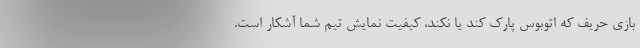
بازی حریف که اتوبوس پارک کند یا نکند، کیفیت نمایش تیم شما آشکار است.